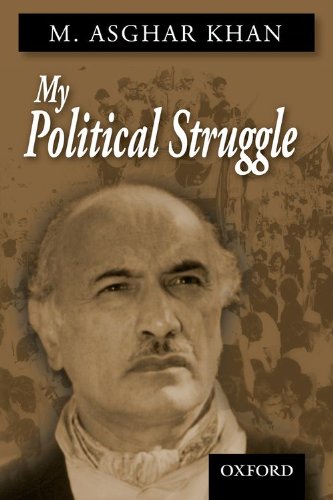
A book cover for My Political Struggle; M. Asghar Khan; History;